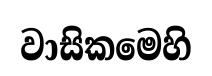
වාසිකමෙහි